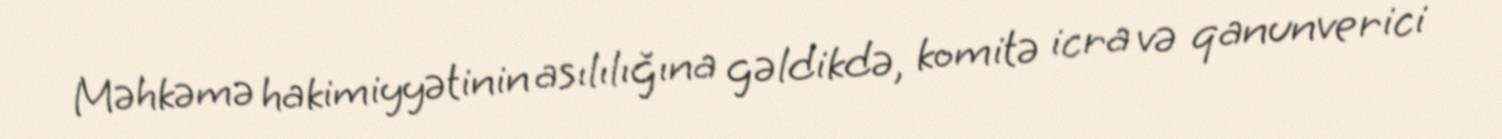
Məhkəmə hakimiyyətinin asılılığına gəldikdə, komitə icra və qanunverici